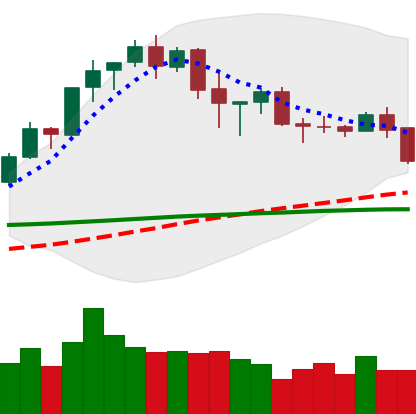
Ticker: BNB-USD
Chart end date: 2020-02-25
Forward return: -6.78%
Label: down_5_7